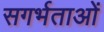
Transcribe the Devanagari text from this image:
सगर्भताओं